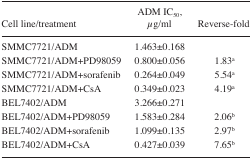
| Cell line/treatment | ADM IC50, μg/ml | Reverse-fold |
 | --- | --- | --- |
 | SMMC7721/ADM | 1.463±0.168 |  |
 | SMMC7721/ADM+PD98059 | 0.800±0.056 | 1.83a |
 | SMMC7721/ADM+sorafenib | 0.264±0.049 | 5.54a |
 | SMMC7721/ADM+CsA | 0.349±0.023 | 4.19a |
 | BEL7402/ADM | 3.266±0.271 |  |
 | BEL7402/ADM+PD98059 | 1.583±0.284 | 2.06b |
 | BEL7402/ADM+sorafenib | 1.099±0.135 | 2.97b |
 | BEL7402/ADM+CsA | 0.427±0.039 | 7.65b |